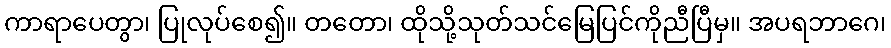
ကာရာပေတွာ၊ ပြုလုပ်စေ၍။ တတော၊ ထိုသို့သုတ်သင်မြေပြင်ကိုညီပြီမှ။ အပရဘာဂေ၊